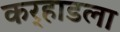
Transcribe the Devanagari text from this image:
कर्‍हाडला